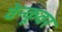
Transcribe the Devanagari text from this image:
वेन्कूवर